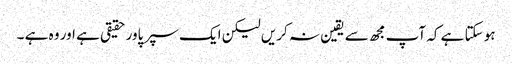
ہو سکتا ہے کہ آپ مجھ سے یقین نہ کریں لیکن ایک سپر پاور حقیقی ہے اور وہ ہے ۔